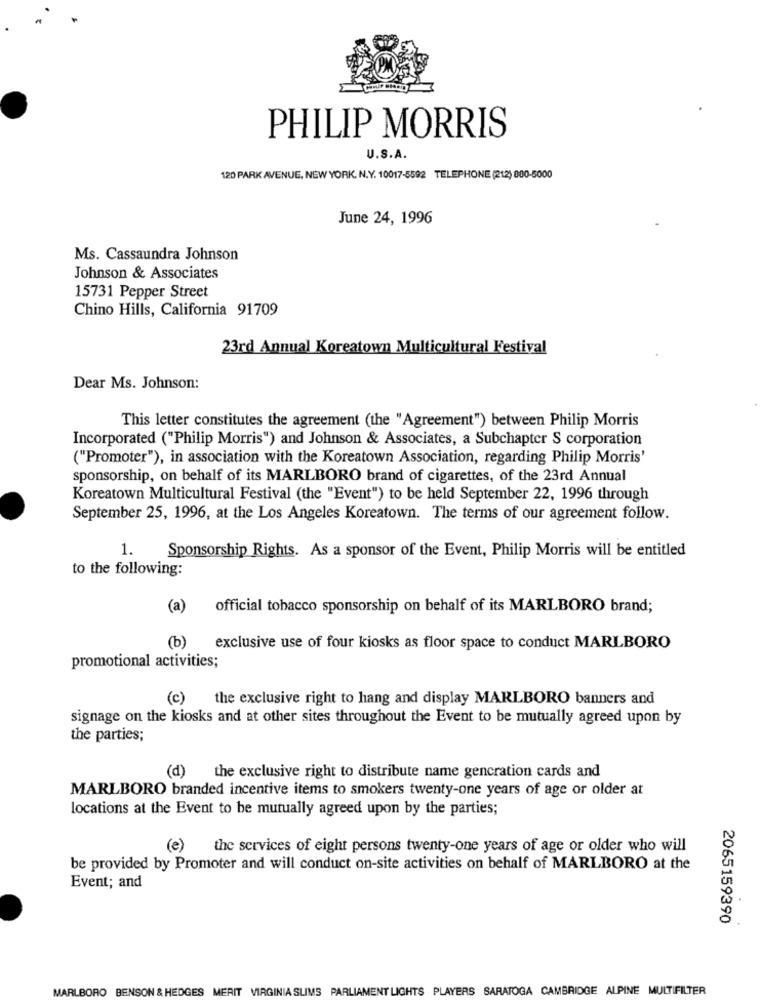
PHILIP MORRIS
U.S.A.
120 PARK AVENUE, NEW YORK, N.Y. 10017-5592 TELEPHONE (212) 800-5000
June 24, 1996
Ms. Cassaundra Johnson
Johnson & Associates
15731 Pepper Street
Chino Hills, California 91709
23rd Annual Koreatown Multicultural Festival
Dear Ms. Johnson:
This letter constitutes the agreement (the "Agreement") between Philip Morris
Incorporated ("Philip Morris") and Johnson & Associates, a Subchapter S corporation
("Promoter"), in association with the Koreatown Association, regarding Philip Morris'
sponsorship, on behalf of its MARLBORO brand of cigarettes, of the 23rd Annual
Koreatown Multicultural Festival (the "Event") to be held September 22, 1996 through
September 25, 1996, at the Los Angeles Koreatown. The terms of our agreement follow.
1.
Sponsorship Rights. As a sponsor of the Event, Philip Morris will be entitled
to the following:
(a)
official tobacco sponsorship on behalf of its MARLBORO brand;
(b)
exclusive use of four kiosks as floor space to conduct MARLBORO
promotional activities;
(c) the exclusive right to hang and display MARLBORO banners and
signage on the kiosks and at other sites throughout the Event to be mutually agreed upon by
the parties;
(d) the exclusive right to distribute name gencration cards and
MARLBORO branded incentive items to smokers twenty-one years of age or older at
locations at the Event to be mutually agreed upon by the parties;
(e) the services of eight persons twenty-one years of age or older who will
be provided by Promoter and will conduct on-site activities on behalf of MARLBORO at the
Event; and
2065159390
MARLBORO BENSON & HEDGES MERIT VIRGINIA SLIMS PARLIAMENT LIGHTS PLAYERS SARATOGA CAMBRIDGE ALPINE MULTIFILTER